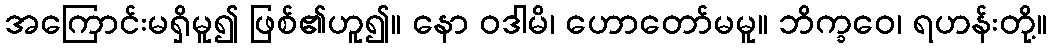
အကြောင်းမရှိမူ၍ ဖြစ်၏ဟူ၍။ နော ဝဒါမိ၊ ဟောတော်မမူ။ ဘိက္ခဝေ၊ ရဟန်းတို့။